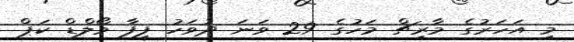
މި އަހަރުގެ މާރިޗް މަހުގެ 29 ވަނަ ދުވަހު ފީފާ ވޯލްޑް ކަޕް